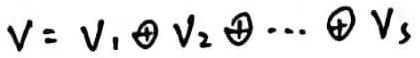
$V = V_1 \oplus V_2 \oplus \cdots \oplus V_s$